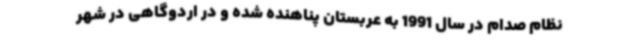
نظام صدام در سال 1991 به عربستان پناهنده شده و در اردوگاهی در شهر